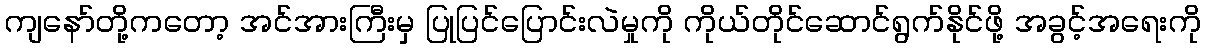
ကျနော်တို့ကတော့ အင်အားကြီးမှ ပြုပြင်ပြောင်းလဲမှုကို ကိုယ်တိုင်ဆောင်ရွက်နိုင်ဖို့ အခွင့်အရေးကို